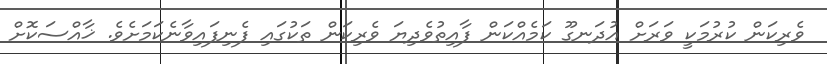
ވެރިކަން ކުރުމަކީ ވަރަށް އުދަނގޫ ކަމެއްކަން ފާއިތުވެދިޔަ ވެރިކަން ތަކުގައި ފެނިފައިވާނެކަމަށެވެ. ޚާއްސަކޮށް